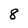
Character: 8